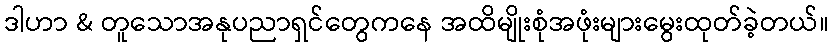
ဒါဟာ & တူသောအနုပညာရှင်တွေကနေ အထိမျိုးစုံအဖုံးများမွေးထုတ်ခဲ့တယ်။